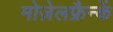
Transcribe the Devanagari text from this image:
मोज़ेलफ्रैन्कें